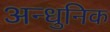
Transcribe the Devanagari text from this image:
अन्धुनिक